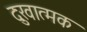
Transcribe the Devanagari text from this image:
दुःखात्मक